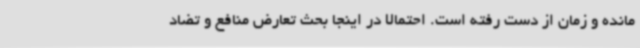
مانده و زمان از دست رفته است. احتمالا در اینجا بحث تعارض منافع و تضاد